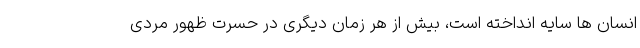
انسان ها سایه انداخته است، بیش از هر زمان دیگری در حسرت ظهور مردی